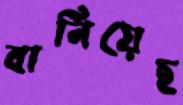
বানিয়েছ